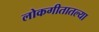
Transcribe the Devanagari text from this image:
लोकगीतातल्या